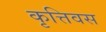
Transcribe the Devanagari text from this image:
कृत्तिवस